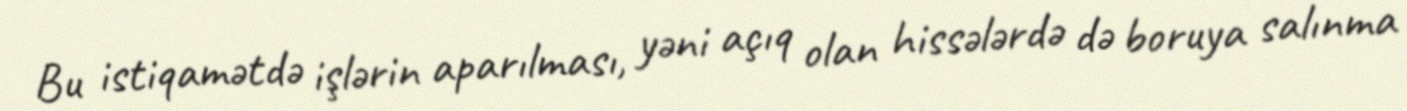
Bu istiqamətdə işlərin aparılması, yəni açıq olan hissələrdə də boruya salınma